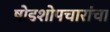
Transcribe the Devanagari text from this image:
षोडशोपचारांचा